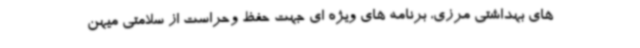
های بهداشتی مرزی، برنامه های ویژه ای جهت حفظ وحراست از سلامتی میهن